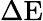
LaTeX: \Delta\textrm{E}